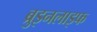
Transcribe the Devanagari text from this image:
ब्रुइनलाइफ